Indian journal of veterinary science and animal husbandry - Volumes 15-17, 1948-1951
Year: 1948
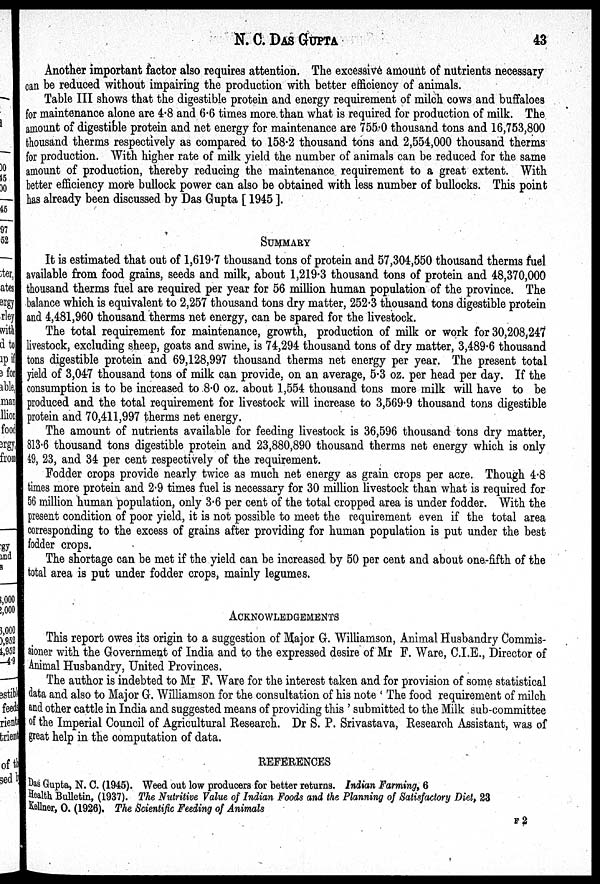
N. C. DAS GUPTA 43
Another important factor also requires attention. The excessive amount of nutrients necessary
can be reduced without impairing the production with better efficiency of animals.
Table III shows that the digestible protein and energy requirement of milch cows and buffaloes
for maintenance alone are 4.8 and 6.6 times more than what is required for production of milk. The
amount of digestible protein and net energy for maintenance are 755.0 thousand tons and 16,753,800
thousand therms respectively as compared to 158.2 thousand tons and 2,554,000 thousand therms
for production. With higher rate of milk yield the number of animals can be reduced for the same
amount of production, thereby reducing the maintenance requirement to a great extent. With
better efficiency more bullock power can also be obtained with less number of bullocks. This point
has already been discussed by Das Gupta [1945].
SUMMARY
It is estimated that out of 1,619.7 thousand tons of protein and 57,304,550 thousand therms fuel
available from food grains, seeds and milk, about 1,219.3 thousand tons of protein and 48,370,000
thousand therms fuel are required per year for 56 million human population of the province. The
balance which is equivalent to 2,257 thousand tons dry matter, 252.3 thousand tons digestible protein
and 4,481,960 thousand therms net energy, can be spared for the livestock.
The total requirement for maintenance, growth, production of milk or work for 30,208,247
livestock, excluding sheep, goats and swine, is 74,294 thousand tons of dry matter, 3,489.6 thousand
tons digestible protein and 69,128,997 thousand therms net energy per year. The present total
yield of 3,047 thousand tons of milk can provide, on an average, 5.3 oz. per head per day. If the
consumption is to be increased to 8.0 oz. about 1,554 thousand tons more milk will have to be
produced and the total requirement for livestock will increase to 3,569.9 thousand tons digestible
protein and 70,411,997 therms net energy.
The amount of nutrients available for feeding livestock is 36,596 thousand tons dry matter,
813.6 thousand tons digestible protein and 23,880,890 thousand therms net energy which is only
49, 23, and 34 per cent respectively of the requirement.
Fodder crops provide nearly twice as much net energy as grain crops per acre. Though 4.8
times more protein and 2.9 times fuel is necessary for 30 million livestock than what is required for
56 million human population, only 3.6 per cent of the total cropped area is under fodder. With the
present condition of poor yield, it is not possible to meet the requirement even if the total area
corresponding to the excess of grains after providing for human population is put under the best
fodder crops.
The shortage can be met if the yield can be increased by 50 per cent and about one-fifth of the
total area is put under fodder crops, mainly legumes.
ACKNOWLEDGEMENTS
This report owes its origin to a suggestion of Major G. Williamson, Animal Husbandry Commis-
sioner with the Government of India and to the expressed desire of Mr F. Ware, C.I.E., Director of
Animal Husbandry, United Provinces.
The author is indebted to Mr F. Ware for the interest taken and for provision of some statistical
data and also to Major G. Williamson for the consultation of his note 'The food requirement of milch
and other cattle in India and suggested means of providing this' submitted to the Milk sub-committee
of the Imperial Council of Agricultural Research. Dr S. P. Srivastava, Research Assistant, was of
great help in the computation of data.
REFERENCES
Das Gupta, N. C. (1945). Weed out low producers for better returns. Indian Farming, 6
Health Bulletin, (1937). The Nutritive Value of Indian Foods and the Planning of Satisfactory Diet, 23
Kellner, O. (1926). The Scientific Feeding of Animals
F 2